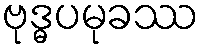
ဗုဒ္ဓပမုခဿ